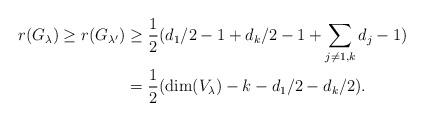
LaTeX: \begin{align*} r(G_{\lambda}) \geq r(G_{\lambda'}) & \geq \frac{1}{2}( d_1/2 -1 + d_k/2 - 1 + \sum_{j \neq 1,k} d_j -1) \\ & = \frac{1}{2}(\dim(V_{\lambda}) - k - d_1/2 - d_k/2).\end{align*}